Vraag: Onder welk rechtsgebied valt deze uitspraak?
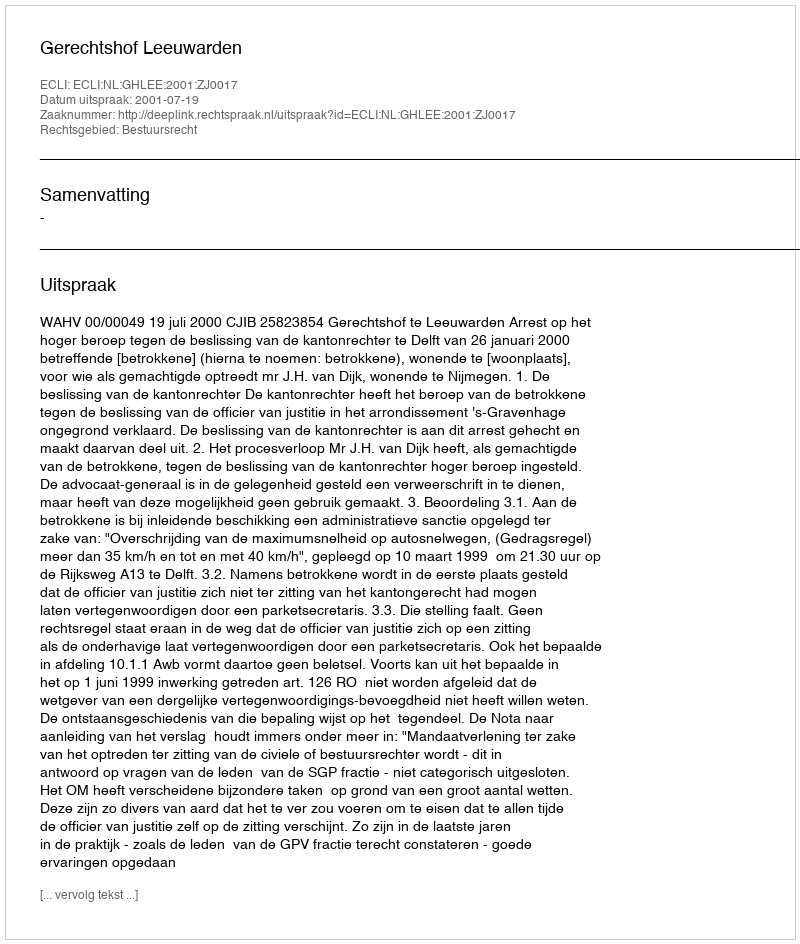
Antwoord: Bestuursrecht